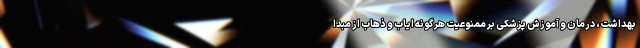
بهداشت، درمان و آموزش پزشکی بر ممنوعیت هرگونه ایاب و ذهاب از مبدا